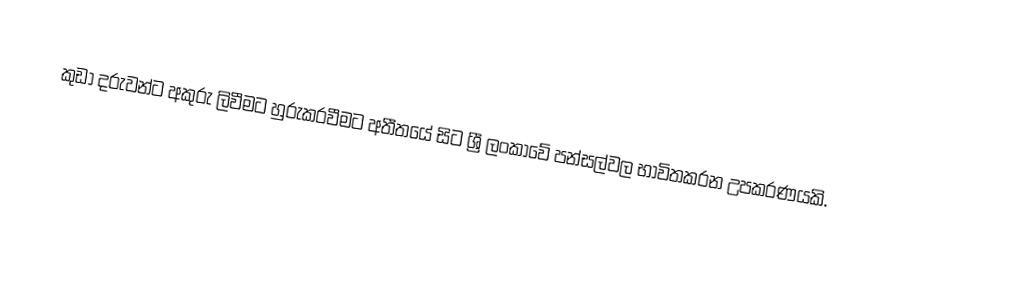
කුඩා දරුවන්ට අකුරු ලිවීමට හුරුකරවීමට අතීතයේ සිට ශ්‍රී ලංකාවේ පන්සල්වල භාවිතකරන උපකරණයකි.